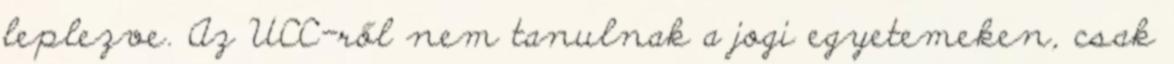
leplezve. Az UCC-ről nem tanulnak a jogi egyetemeken, csak